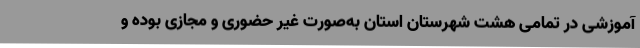
آموزشی در تمامی هشت شهرستان استان به‌صورت غیر حضوری و مجازی بوده و